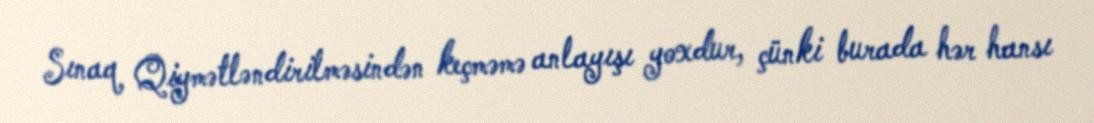
Sınaq Qiymətləndirilməsindən keçməmə anlayışı yoxdur, çünki burada hər hansı